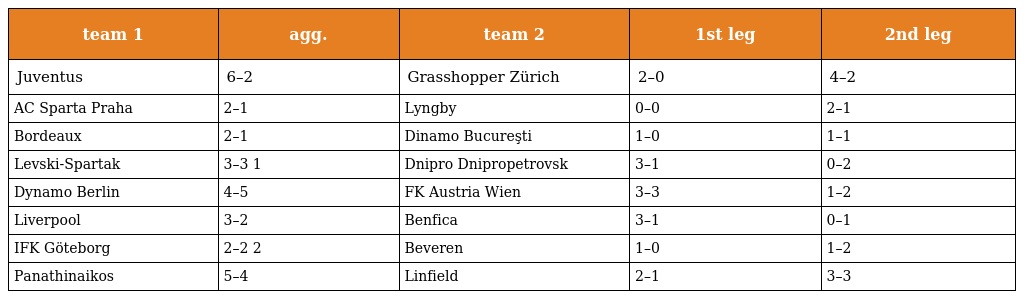
| team 1 | agg. | team 2 | 1st leg | 2nd leg |
 | --- | --- | --- | --- | --- |
 | Juventus | 6–2 | Grasshopper Zürich | 2–0 | 4–2 |
 | AC Sparta Praha | 2–1 | Lyngby | 0–0 | 2–1 |
 | Bordeaux | 2–1 | Dinamo Bucureşti | 1–0 | 1–1 |
 | Levski-Spartak | 3–3 1 | Dnipro Dnipropetrovsk | 3–1 | 0–2 |
 | Dynamo Berlin | 4–5 | FK Austria Wien | 3–3 | 1–2 |
 | Liverpool | 3–2 | Benfica | 3–1 | 0–1 |
 | IFK Göteborg | 2–2 2 | Beveren | 1–0 | 1–2 |
 | Panathinaikos | 5–4 | Linfield | 2–1 | 3–3 |